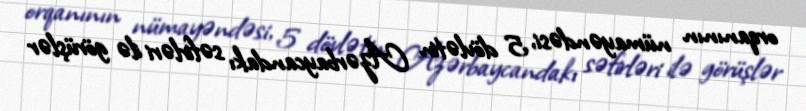
orqanının nümayəndəsi, 5 dövlətin Azərbaycandakı səfirləri ilə görüşlər